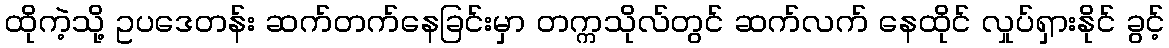
ထိုကဲ့သို့ ဥပဒေတန်း ဆက်တက်နေခြင်းမှာ တက္ကသိုလ်တွင် ဆက်လက် နေထိုင် လှုပ်ရှားနိုင် ခွင့်